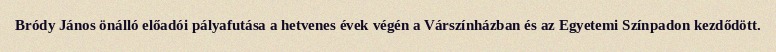
Bródy János önálló előadói pályafutása a hetvenes évek végén a Várszínházban és az Egyetemi Színpadon kezdődött.